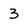
Character: 3